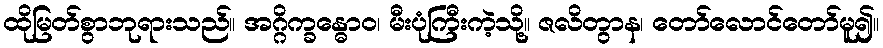
ထိုမြတ်စွာဘုရားသည်။ အဂ္ဂိက္ခန္ဓောဝ၊ မီးပုံကြီးကဲ့သို့။ ဇလိတွာန၊ တော်လောင်တော်မူ၍။